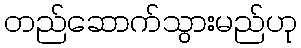
တည်ဆောက်သွားမည်ဟု